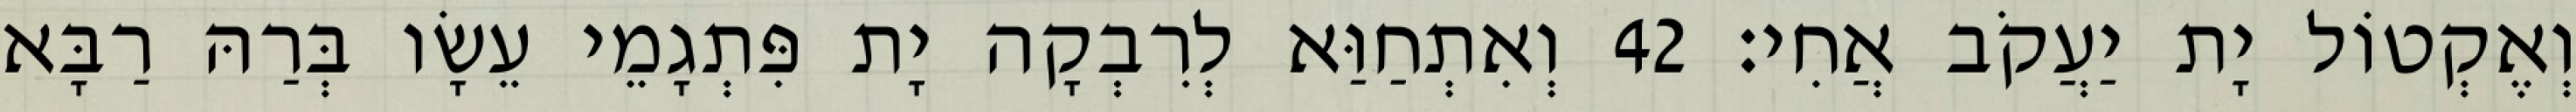
וְאֶקְטוֹל יָת יַעֲקֹב אֲחִי׃ 42 וְאִתְחַוַּא לְרִבְקָה יָת פִּתְגָמֵי עֵשָׂו בְּרַהּ רַבָּא